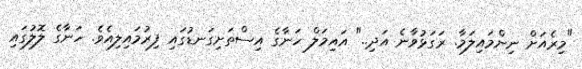
"މިރެއަށް ނިންމައިލަމާ. ރަގަޅުވާނެ އަދި.." އައިމަލް ހަނާގެ އިސްތަށިގަނޑުގައި ފިރުމައިލިއެވެ. ހަނާގެ ލޮލުގައި